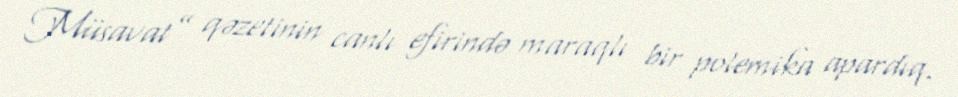
Müsavat” qəzetinin canlı efirində maraqlı bir polemika apardıq.